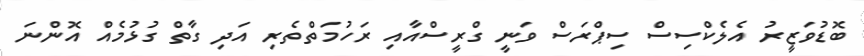
ބޮޑުވަޒީރު އެލެކްސިސް ސިޕްރަސް ވަނީ ގްރީސްއާއި ރަހުމަތްތެރި އަދި ގާތް ގުޅުމެއް އޮންނަ